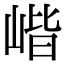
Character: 𡺓